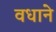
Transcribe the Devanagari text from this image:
वधाने